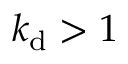
k _ { \mathrm { d } } > 1